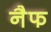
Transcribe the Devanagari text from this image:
नैफ